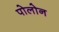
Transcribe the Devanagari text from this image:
पोलोन